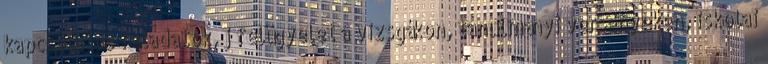
kapcsolatos feladatok, j felügyelet a vizsgákon, tanulmányi versenyeken, iskolai